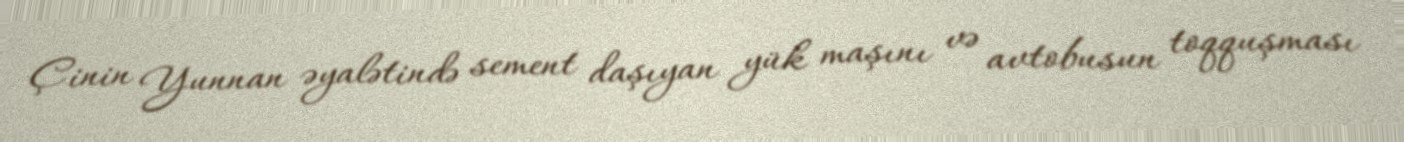
Çinin Yunnan əyalətində sement daşıyan yük maşını və avtobusun toqquşması